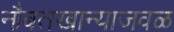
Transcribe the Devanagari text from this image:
नौबतखान्याजवळ